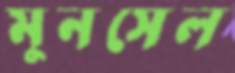
মুনসেল